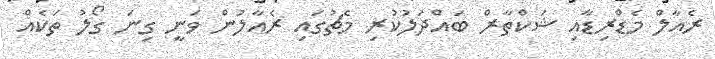
ރެއާލް މެޑްރިޑާއި ޝަކްތާރް ބައްދަލުކުރި މެޗުގައި ރެއާލުން ވަނީ ގިނަ ގޯލު ތަކެއް